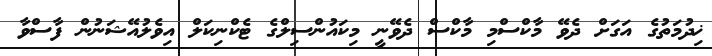
ޚިދުމަތުގެ އަގަށް ދެވޭ މާކްސްމި މާކްސް ދެވޭނީ މިކައުންސިލްގެ ޓެކްނިކަލް އިވެލުއޭޝަނުން ފާސްވާ